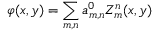
\varphi ( x , y ) = \sum _ { m , n } a _ { m , n } ^ { 0 } Z _ { m } ^ { n } ( x , y )